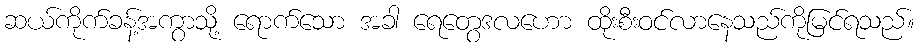
ဆယ်ကိုက်ခန့်အကွာသို့ ရောက်သော အခါ ရေတွေဒလဟော ထိုးစီးဝင်လာနေသည်ကိုမြင်ရသည်။